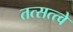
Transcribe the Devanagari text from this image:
तत्सत्त्वे